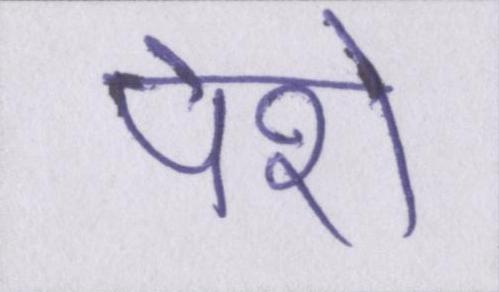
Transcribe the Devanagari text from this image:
पेशे